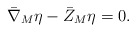
\begin{align*}{\bar{\nabla}}_{M}\eta-{\bar{Z}}_{M}\eta=0 .\end{align*}